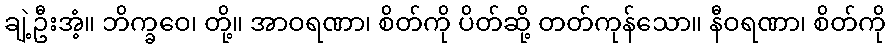
ချဲ့ဦးအံ့။ ဘိက္ခဝေ၊ တို့။ အာဝရဏာ၊ စိတ်ကို ပိတ်ဆို့ တတ်ကုန်သော။ နီဝရဏာ၊ စိတ်ကို